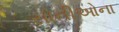
સોનીઓના